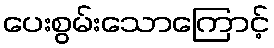
ပေးစွမ်းသောကြောင့်